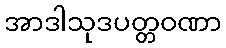
အာဒါသုဒပတ္တဝဏာ